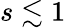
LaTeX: s\lesssim 1